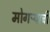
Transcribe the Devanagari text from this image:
मोगऱ्याची